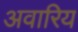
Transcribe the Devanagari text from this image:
अवारिय